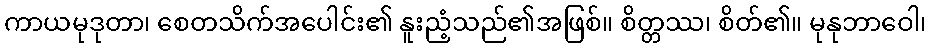
ကာယမုဒုတာ၊ စေတသိက်အပေါင်း၏ နူးညံ့သည်၏အဖြစ်။ စိတ္တဿ၊ စိတ်၏။ မုနုဘာဝေါ၊